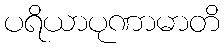
ပရိယာပုဏာမာတိ